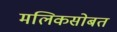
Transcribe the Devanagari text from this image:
मलिकसोबत